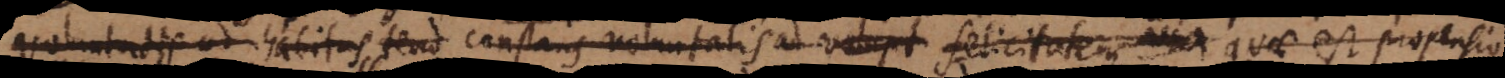
voluntatis ad habitus tend constans voluntatis ad volupt felicitatem – (cc) propensio